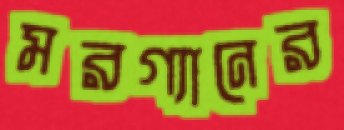
মরগ্যানের